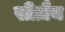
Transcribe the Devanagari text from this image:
सीज़ैन